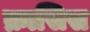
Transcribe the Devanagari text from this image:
क्रासिस